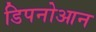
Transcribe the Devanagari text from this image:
डिपनोआन